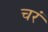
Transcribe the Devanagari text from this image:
चरं